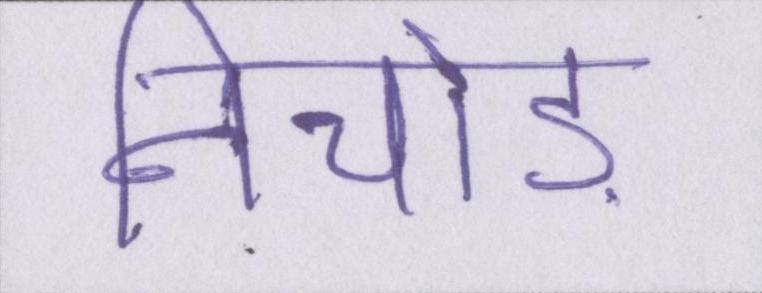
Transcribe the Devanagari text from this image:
निचोड़